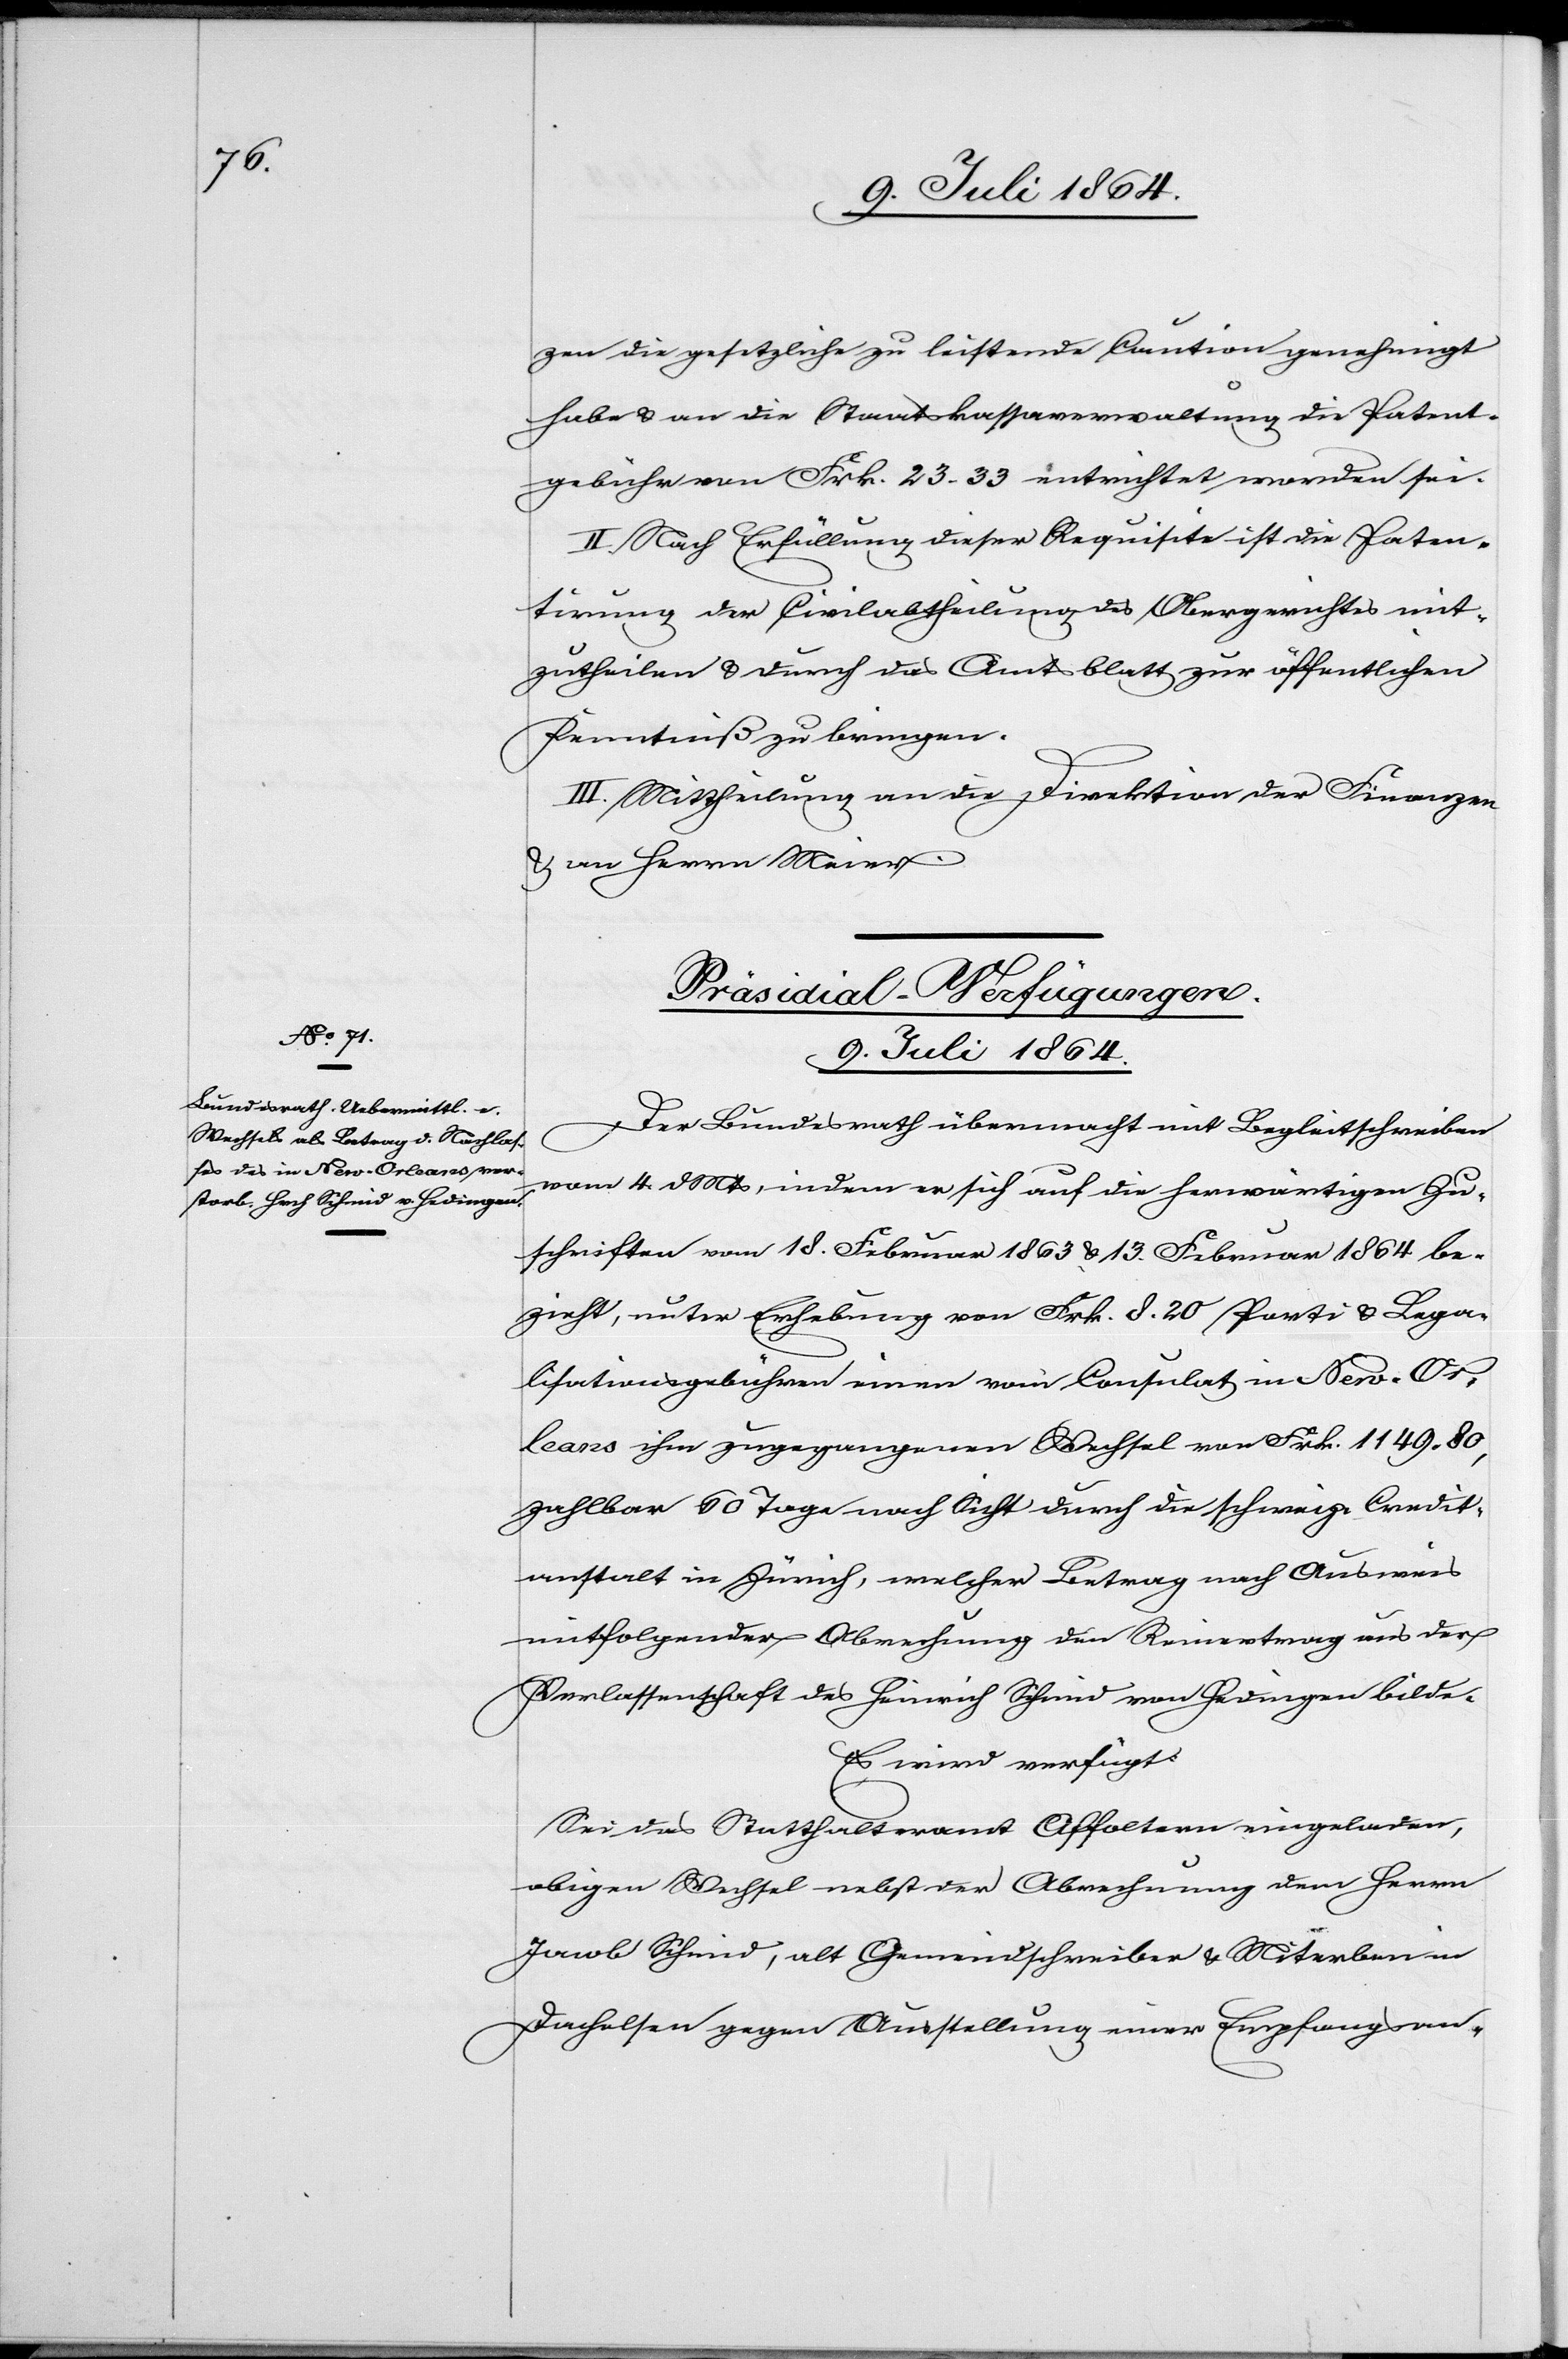
9. Juli 1864.
zen die gesetzliche zu leistende Caution genehmigt
habe u. an die Staatskassaverwaltung die Patent¬
gebühr von Frk. 23.33 entrichtet worden sei.
II. Nach Erfüllung dieser Requisite ist die Paten¬
tirung der Civilabtheilung des Obergerichtes mit¬
zutheilen u. durch das Amtsblatt zur öffentlichen
Kenntniß zu bringen.
III. Mittheilung an die Direktion der Finanzen
u. an Herrn Meier.
Präsidial-Verfügungen.
Der Bundesrath übermacht mit Begleitschreiben
vom 4. d. Mts., indem er sich auf die herwärtigen Zu¬
schriften vom 18. Februar 1863 u. 13. Februar 1864 be¬
zieht, unter Erhebung von Frk. 8.20 Porti u. Lega¬
lisationsgebühren einen vom Consulat in New-Or¬
leans ihm zugegangenen Wechsel von Frk. 1149.80,
zahlbar 60 Tage nach Sicht durch die schweiz. Credit¬
anstalt in Zürich, welcher Betrag nach Ausweis
mitfolgender Abrechnung den Reinertrag aus der
Verlassenschaft des Heinrich Schmid von Hedingen bilde.
Es wird verfügt:
Sei das Statthalteramt Affoltern eingeladen,
obigen Wechsel nebst der Abrechnung dem Herrn
Jacob Schmid, alt Gemeindschreiber u. Miterben in
Dachelsen gegen Ausstellung einer Empfangsan-